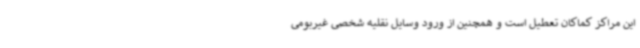
این مراکز کماکان تعطیل است و همچنین از ورود وسایل نقلیه شخصی غیربومی